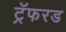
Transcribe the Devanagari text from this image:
ट्रॅफरड